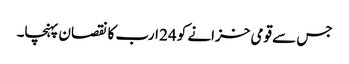
جس سے قومی خزانے کو 24 ارب کا نقصان پہنچا۔